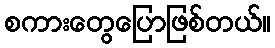
စကားတွေပြောဖြစ်တယ်။